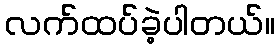
လက်ထပ်ခဲ့ပါတယ်။